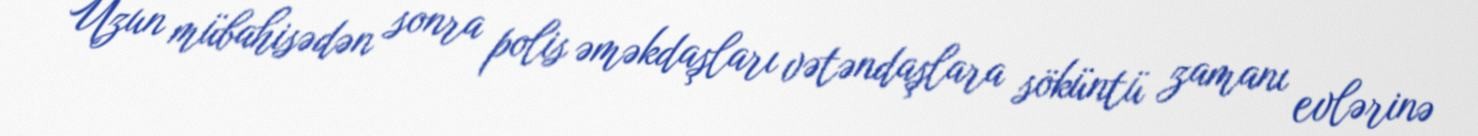
Uzun mübahisədən sonra polis əməkdaşları vətəndaşlara söküntü zamanı evlərinə